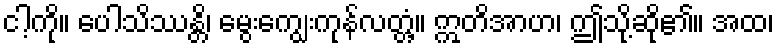
ငါ့ကို။ ပေါသိဿန္တိ၊ မွေးကျွေးကုန်လတ္တံ့။ ဣတိအာဟ၊ ဤသို့ဆို၏။ အထ၊